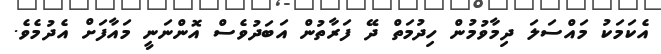
އެކަމަކު މައްސަލަ ދިމާވުމުން ހިދުމަތް ދޭ ފަރާތުން އަބަދުވެސް އޮންނަނީ މައާފަށް އެދުމެވެ.